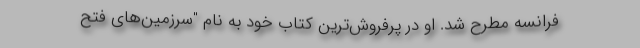
فرانسه مطرح شد. او در پرفروش‌ترین کتاب خود به نام "سرزمین‌های فتح